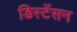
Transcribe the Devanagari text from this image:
डिस्टेंसन